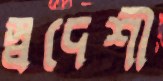
স্বদেশী